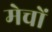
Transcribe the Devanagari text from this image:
मेचों